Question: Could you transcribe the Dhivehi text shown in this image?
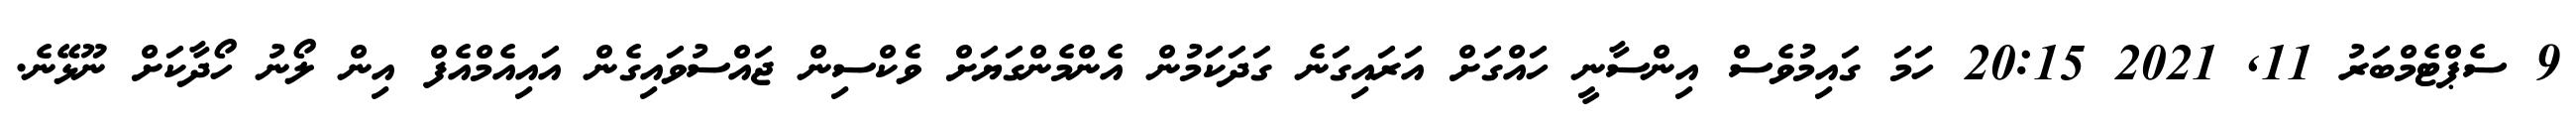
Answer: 9 ސެޕްޓެމްބަރު 11, 2021 20:15 ހަމަ ގައިމުވެސް އިންސާނީ ހައްގަށް އަރައިގަނެ ގަދަކަމުން އެންމެންގަޔަށް ވެކްސިން ޖައްސުވައިގެން އައިއެމްއެފް އިން ލޯނު ހޯދާކަށް ނޫޅޭނެ.